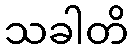
သခါတိ